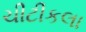
ચીટીકલા